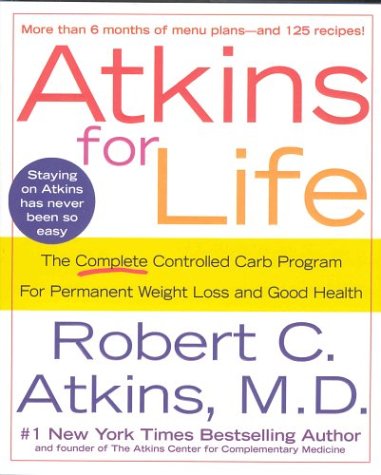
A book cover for Atkins for Life: The Complete Controlled Carb Program for Permanent Weight Loss and Good Health; Robert C. Atkins; Health, Fitness & Dieting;